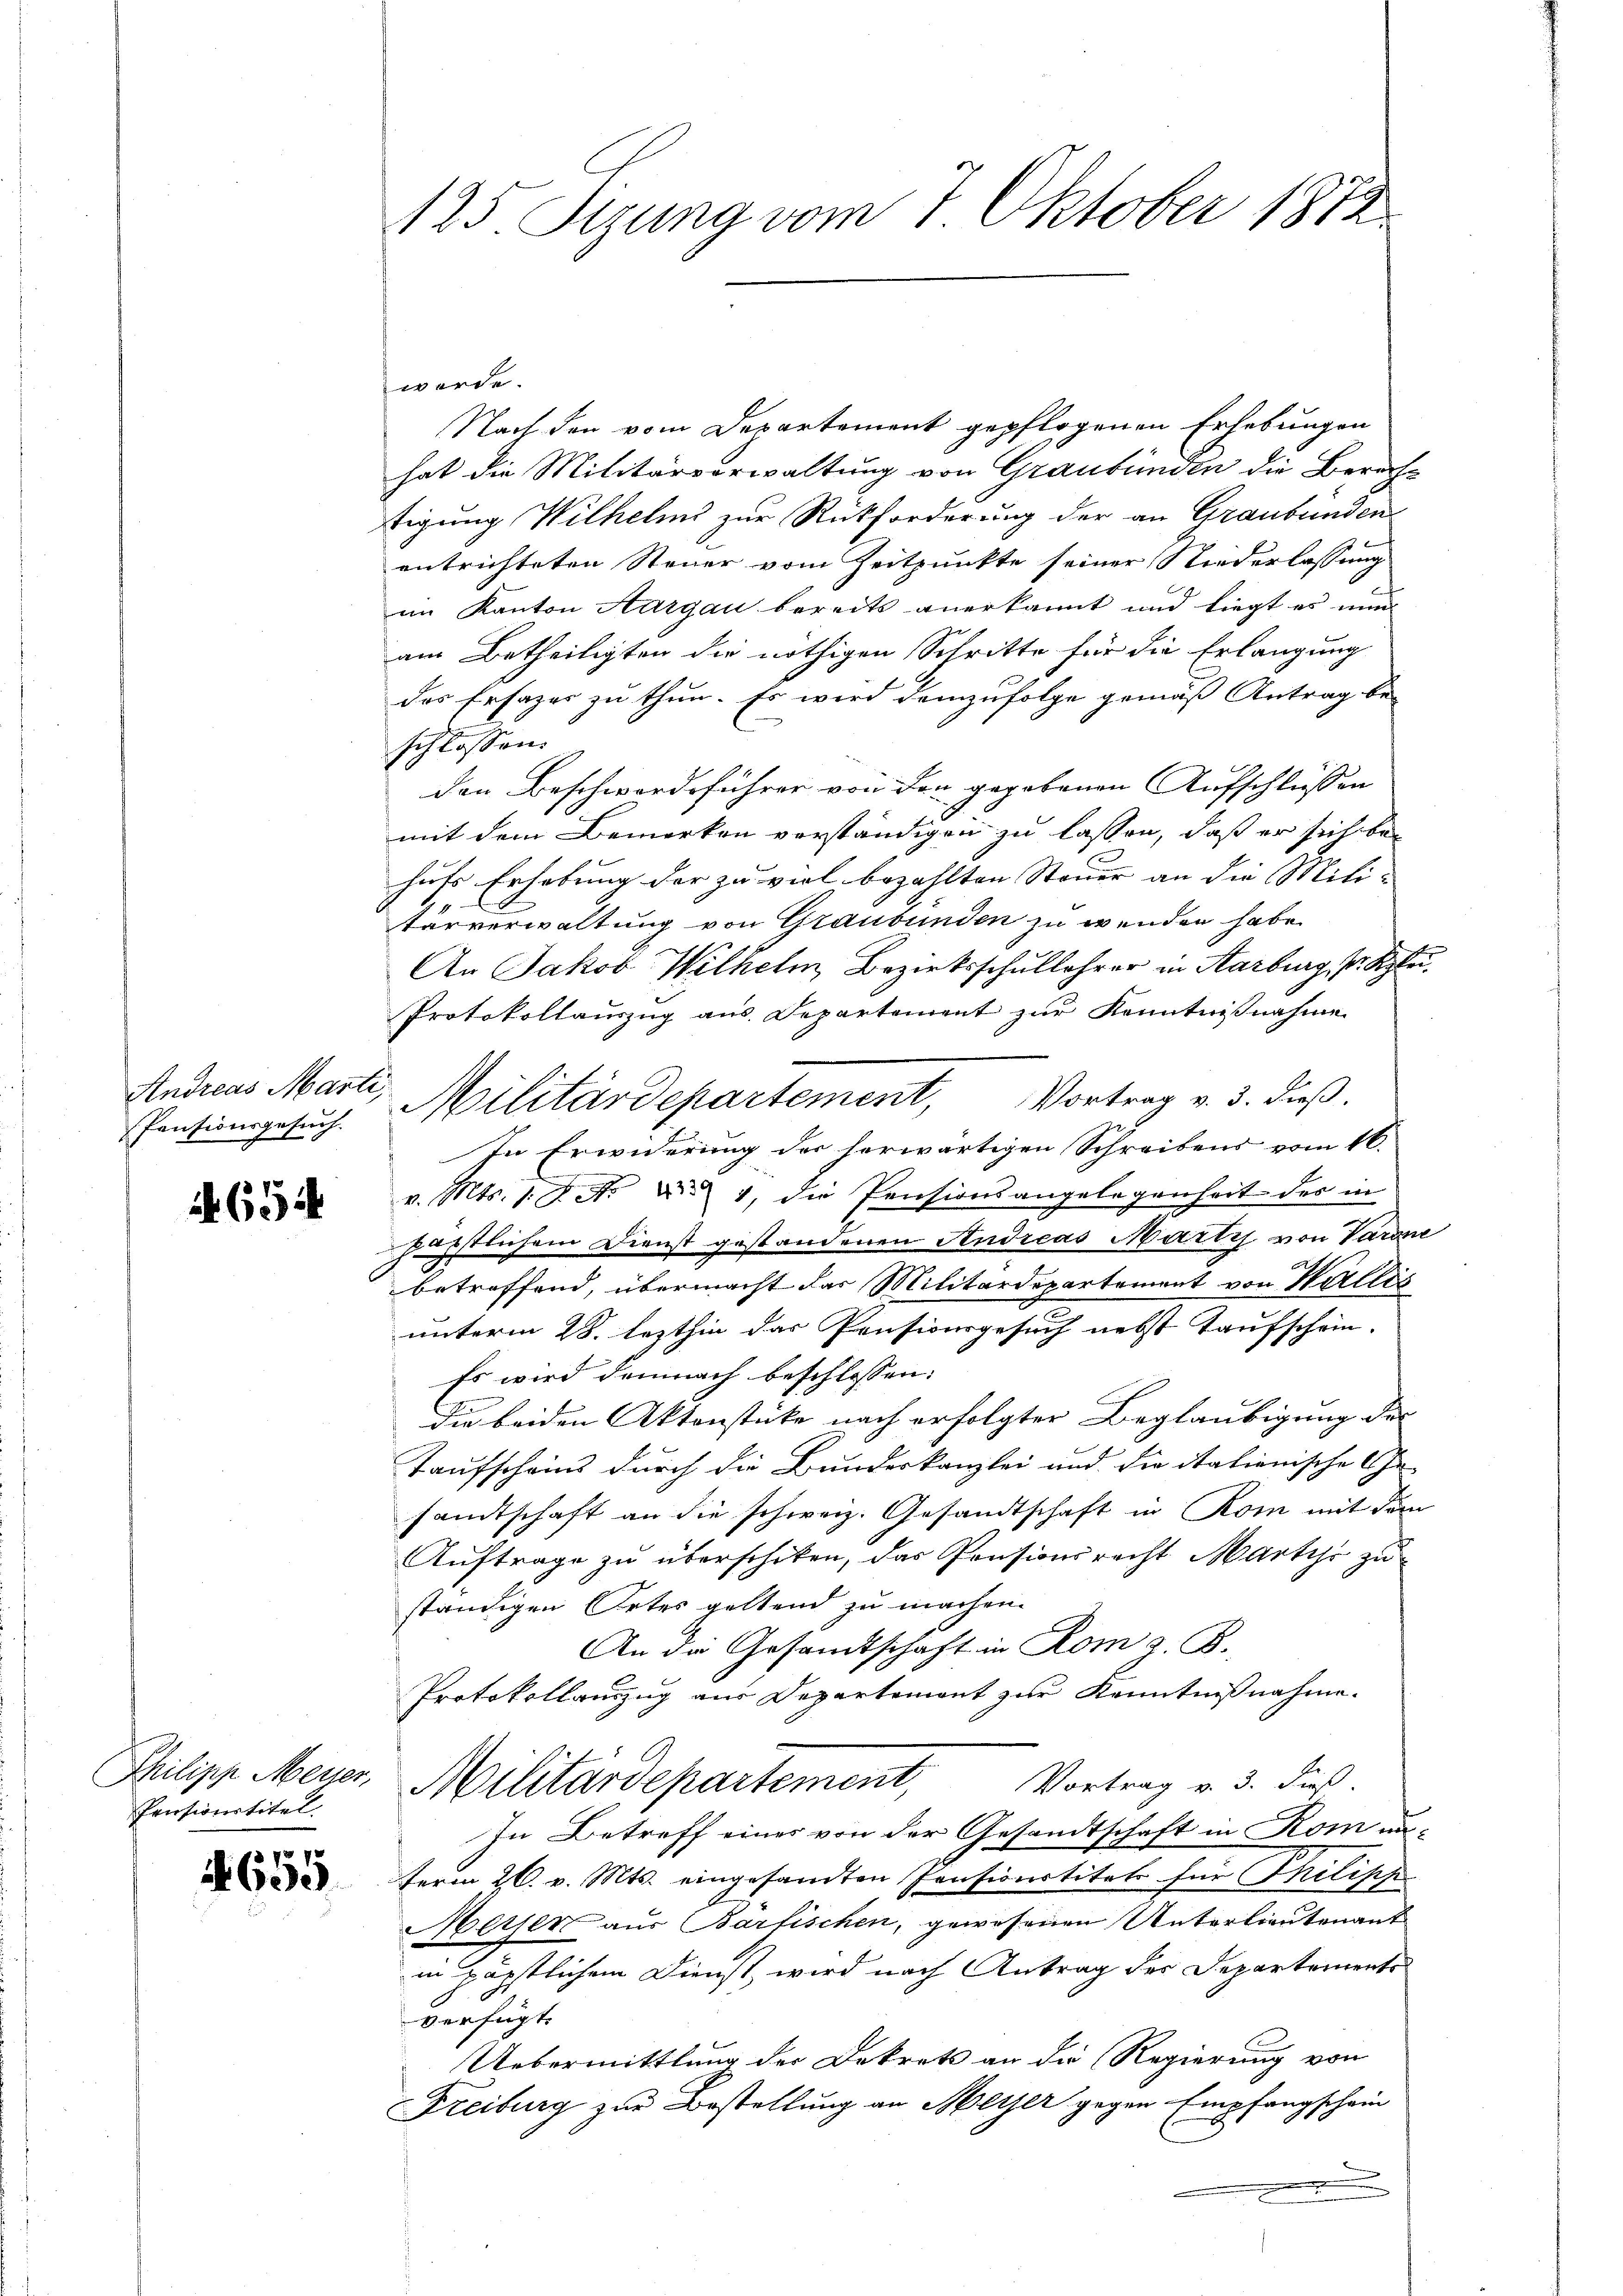
Andreas Marti,

654

werde.
Nach den vom Departement gepflogenen Erhebungen
hat die Militärverwaltung von Graubünden die Berachtigung Wilhelms zur Rückforderung der an Graubünden
entrichteten Steuer vom Zeitpunkte seiner Niederlassung
im Kanton Aargau bereits anerkannt und liegt es nun
am Betheiligten die nöthigen Schritte für die Erlangung
des Ersazes zu thun. Es wird demzufolge gemäß Antrag be-
schlossen:
den Beschwerdeführer von den gegebenen Aufschlüssen
mit dem Bemerken verständigen zu lassen, daß er sich bei
hufs Erhebung der zu viel bezahlten Steuer an die Militärverwaltung von Graubünden zu wenden habe.
An Jakob Wilhelm, Bezirksschullehrer in Karburg, P. Klei
Protokollauszug aus. Departement zur Kenntnißnahme
In Erwiderung der herwärtigen Schreibens vom 16.
v. Mts. 1. P. Nr. . 1, die Pensionsangelegenheit des in
fürstlichem Dienst gestandenen Andreas Marty von Varone
betreffend, übermacht das Militärdepartement von Wallis
unterm 28. lezthin das Prusicursgesuch nebst Taufschein-
Es wird demnach beschlossen:
Die beiden Aktenstücke nach erfolgter Beglaubigung der
Taufscheins durch die Bundeskanzlei und die italienische Ehe-
sandtschaft an die schweiz. Gesandtschaft in Rom mit dem
Auftrage zu überschiken, das Pensionsrecht Martir zu
ständigen Ortes geltend zu machen.
An die Gesandtschaft in Rom z. B.
Protokollauszug aus Departement zur Kenntnißnahme.
Philipp Meier, Militärdepartement, Vortrag v. 3. dieß.
In Betreff eines von der Gesandtschaft in Rom unterm 26. v. Mts. eingesandten Pensionstituts für Philische
Mither aus Bartischen, gewesenen Unterlieutenant
in päpstlichem Dienst wird nach Antrag des Departements
verfügt:
Uebermittlung der Dekrets an die Regierung von
Freiburg zur Bestellung an Mither gegen Empfangschein
.
3

Pensionstitel.

2 x
4653

125 Sizung vom 1. Oktober 1872

Pensionsgesuch Militärdepartement, Vortrag v. 3. dieß.